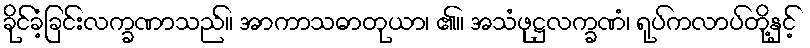
ခိုင်ခံ့ခြင်းလက္ခဏာသည်။ အာကာသဓာတုယာ၊ ၏။ အသံဖုဋ္ဌလက္ခဏံ၊ ရုပ်ကလာပ်တို့နှင့်